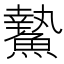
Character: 䲀